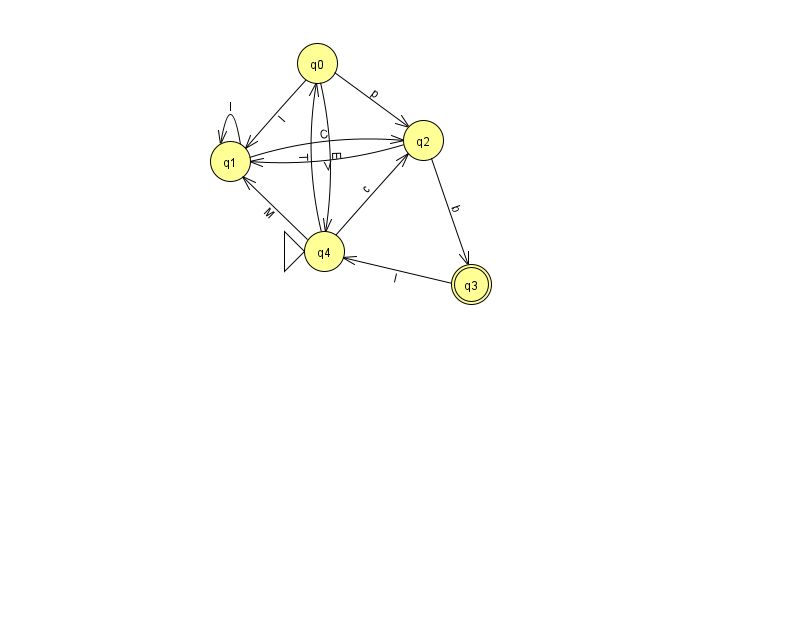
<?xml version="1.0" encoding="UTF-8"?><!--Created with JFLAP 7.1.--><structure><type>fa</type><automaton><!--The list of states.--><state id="0" name="q0"><x>317.0</x><y>50.0</y></state><state id="1" name="q1"><x>230.0</x><y>148.0</y></state><state id="2" name="q2"><x>423.0</x><y>127.0</y></state><state id="3" name="q3"><x>471.0</x><y>271.0</y><final/></state><state id="4" name="q4"><x>324.0</x><y>238.0</y><initial/></state><!--The list of transitions.--><transition><from>3</from><to>4</to><read>I</read></transition><transition><from>4</from><to>1</to><read>M</read></transition><transition><from>0</from><to>1</to><read>l</read></transition><transition><from>1</from><to>2</to><read>C</read></transition><transition><from>4</from><to>0</to><read>T</read></transition><transition><from>0</from><to>4</to><read>E</read></transition><transition><from>2</from><to>1</to><read>V</read></transition><transition><from>2</from><to>3</to><read>b</read></transition><transition><from>1</from><to>1</to><read>l</read></transition><transition><from>4</from><to>2</to><read>c</read></transition><transition><from>0</from><to>2</to><read>p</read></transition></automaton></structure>